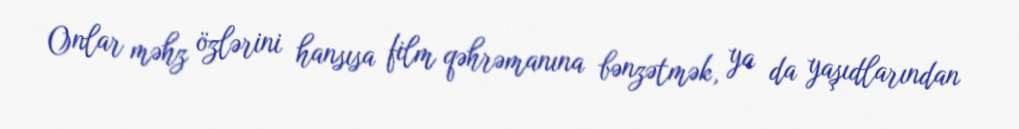
Onlar məhz özlərini hansısa film qəhrəmanına bənzətmək, ya da yaşıdlarından